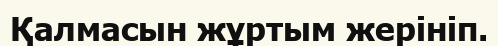
Қалмасын жұртым жерініп.